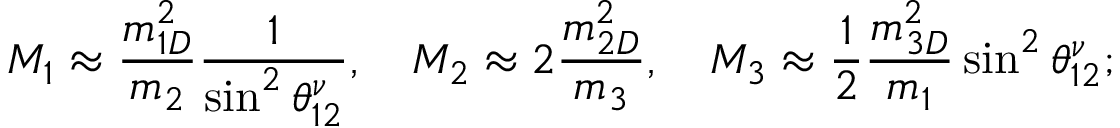
M _ { 1 } \approx \frac { m _ { 1 D } ^ { 2 } } { m _ { 2 } } \frac { 1 } { \sin ^ { 2 } \theta _ { 1 2 } ^ { \nu } } , \ \ \ M _ { 2 } \approx \allowbreak 2 \frac { m _ { 2 D } ^ { 2 } } { m _ { 3 } } , \ \ \ M _ { 3 } \approx \frac { 1 } { 2 } \frac { m _ { 3 D } ^ { 2 } } { m _ { 1 } } \sin ^ { 2 } \theta _ { 1 2 } ^ { \nu } ;